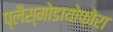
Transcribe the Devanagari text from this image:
प्लैस्मोडायोफ़ोरा